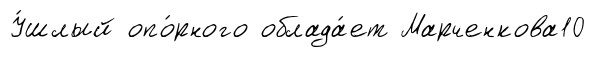
У́шлый опо́рного облада́ет Марченкова10